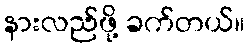
နားလည်ဖို့ ခက်တယ်။